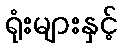
ရုံးများနှင့်